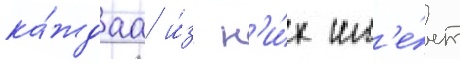
ка́ждаа и́з н'и́х им'е́ет